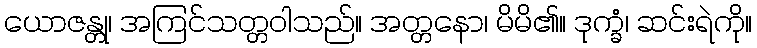
ယောဇန္တု၊ အကြင်သတ္တဝါသည်။ အတ္တနော၊ မိမိ၏။ ဒုက္ခံ၊ ဆင်းရဲကို။